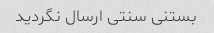
بستنی سنتی ارسال نگردید